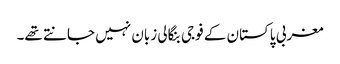
مغربی پاکستان کے فوجی بنگالی زبان نہیں جانتے تھے۔